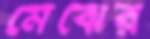
মেঝের